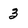
Character: 3